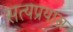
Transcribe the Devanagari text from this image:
सत्यप्रयास